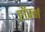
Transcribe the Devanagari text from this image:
हॉरर्स